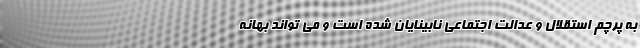
به پرچم استقلال و عدالت اجتماعی نابینایان شده است و می تواند بهانه